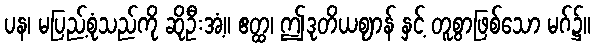
ပန၊ မပြည့်စုံသည်ကို ဆိုဦးအံ့။ ဧတ္ထ၊ ဤဒုတိယဈာန် နှင့် တူစွာဖြစ်သော မဂ်၌။